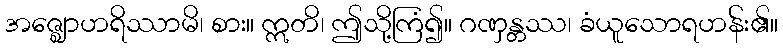
အဇ္ဈောဟရိဿာမိ၊ စား။ ဣတိ၊ ဤသို့ကြံ၍။ ဂဏှန္တဿ၊ ခံယူသောရဟန်း၏။